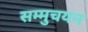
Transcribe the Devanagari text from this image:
सम्मुचयन